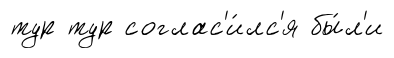
тур тур соглас'и́лс'я бы́л'и